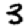
Digit: 3